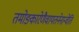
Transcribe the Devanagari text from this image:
तमोङ्कारेणैवायतनेनान्वेति